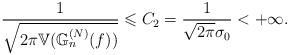
LaTeX: \begin{align*}\frac{1}{\sqrt{2\pi\mathbb{V}(\mathbb{G}_{n}^{(N)}(f))}}\leqslant C_{2}=\frac{1}{\sqrt{2\pi}\sigma_{0}}<+\infty.\end{align*}